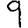
Digit: 9